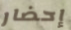
إحضار